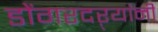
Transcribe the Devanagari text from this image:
डोंगरदऱ्यांनी